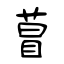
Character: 萺